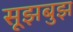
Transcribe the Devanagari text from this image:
सूझबुझ